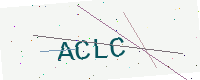
Text: ACLC